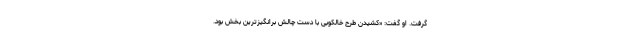
گرفت. او گفت: «کشیدن طرح خالکوبی با دست چالش برانگیزترین بخش بود.